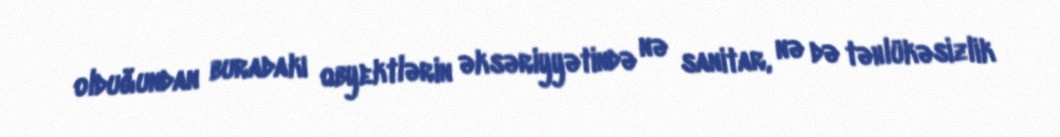
olduğundan buradakı obyektlərin əksəriyyətində nə sanitar, nə də təhlükəsizlik